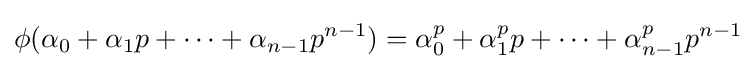
\phi (\alpha _{0}+\alpha _{1}p+\cdots +\alpha _{n-1}p^{n-1})=\alpha _{0}^{p}+\alpha _{1}^{p}p+\cdots +\alpha _{n-1}^{p}p^{n-1}